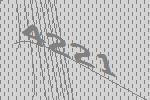
4221